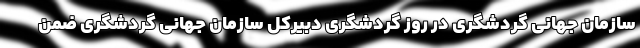
سازمان جهانی گردشگری در روز گردشگری دبیرکل سازمان جهانی گردشگری ضمن